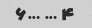
۴ … …۶